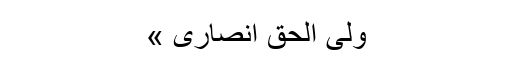
ولی الحق انصاری »